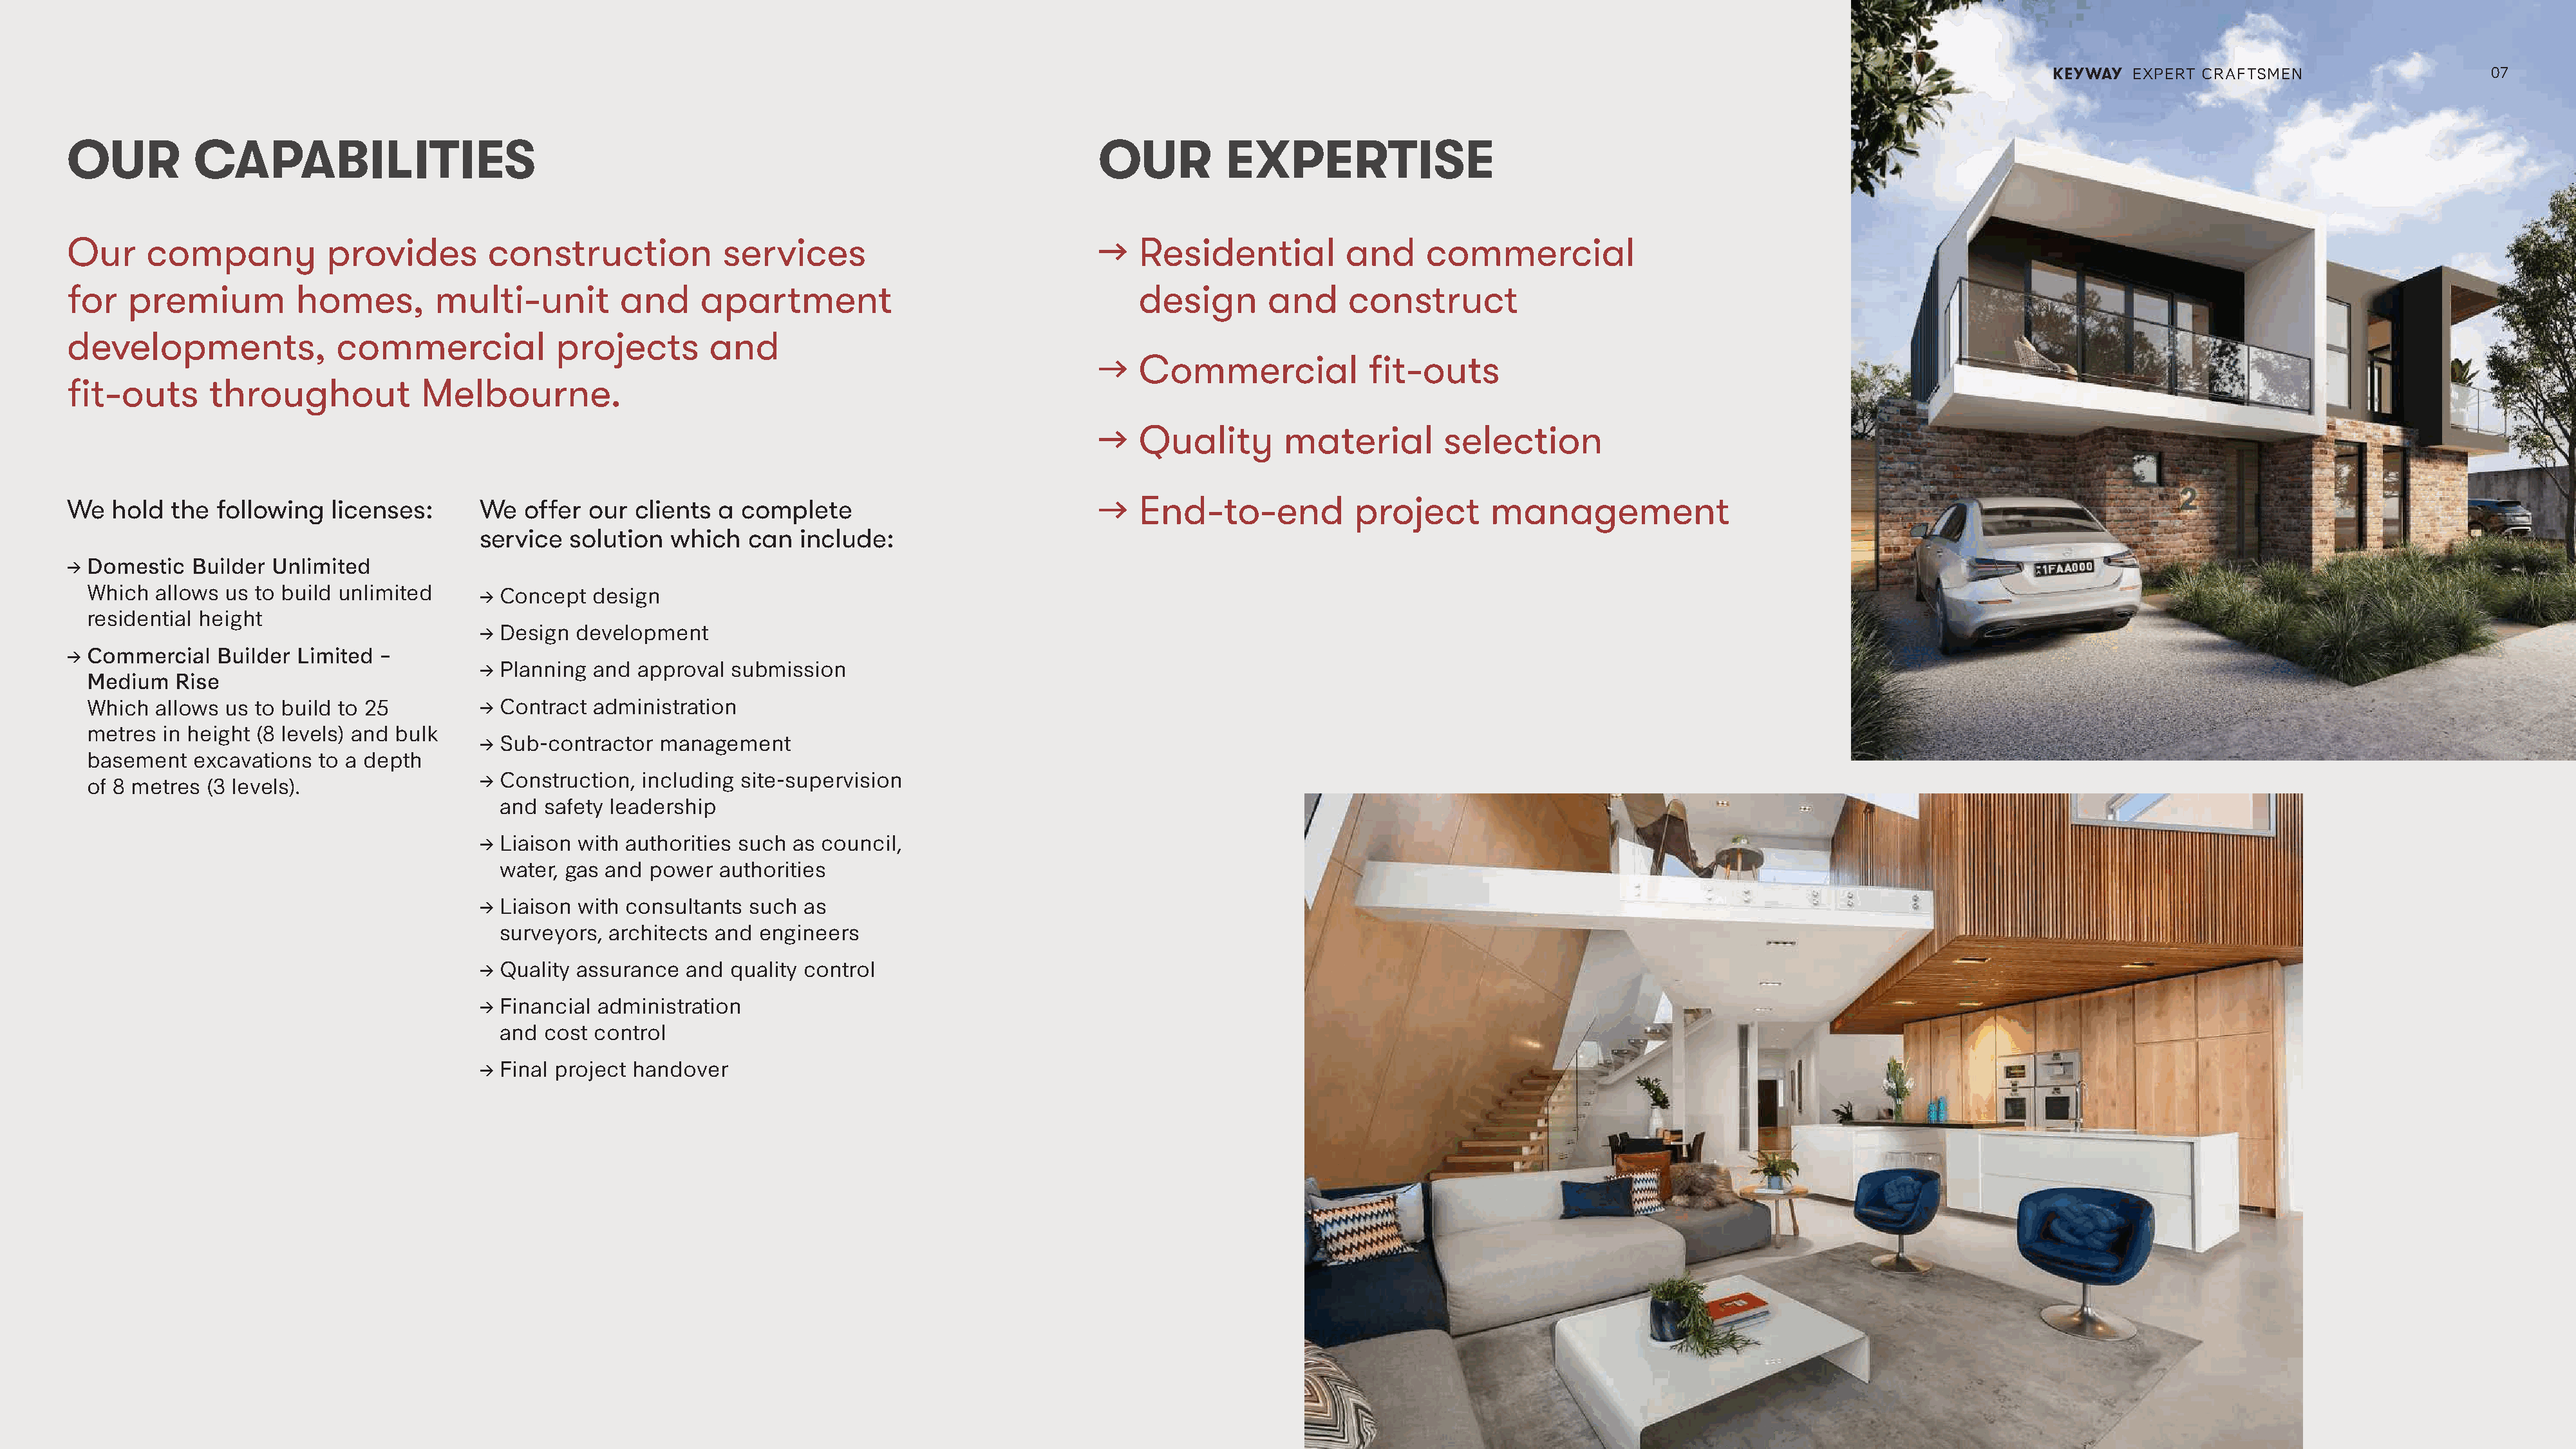
KKEEYYWWAAYY EEXXPPEERRTT CCRRAAFFTTSSMMEENN 0077
 OUR          CAPABILITIES                                                                                 OUR          EXPERTISE
 Our     company            provides        construction            services                               →   Residential          and      commercial
 for   premium          homes,         multi-unit         and     apartment                                    design       and      construct
 developments,               commercial            projects        and
 →   Commercial              fit-outs
 fit-outs      throughout            Melbourne.
 →   Quality        material        selection
 →   End-to-end            project       management
 We   hold  the following   licenses:      We   offer  our clients  a complete
 service   solution  which   can  include:
 → Domestic   Builder Unlimited
 Which  allows us to build unlimited     → Concept   design
 residential height
 → Design  development
 → Commercial   Builder  Limited –
 → Planning  and  approval submission
 Medium   Rise
 Which  allows us to build to 25         → Contract  administration
 metres  in height (8 levels) and bulk
 → Sub-contractor   management
 basement   excavations  to a depth
 → Construction,  including site-supervision
 of 8 metres (3 levels).
 and  safety leadership
 → Liaison with authorities such  as council,
 water, gas and  power  authorities
 → Liaison with consultants  such  as
 surveyors,  architects and engineers
 → Quality assurance   and quality control
 → Financial administration
 and  cost control
 → Final project handover